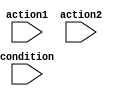
module if_else_statement(
    input wire condition,
    input wire action1,
    input wire action2
);
  
  // if-else block
  always @(*)
  begin
    if (condition)
    begin
      // action if condition is true
      // Perform action 1
      // For example, action1 <= 1;
      action1 <= 1;
    end
    else
    begin
      // action if condition is false
      // Perform action 2
      // For example, action2 <= 1;
      action2 <= 1;
    end
  end

endmodule